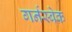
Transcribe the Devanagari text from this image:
गर्नस्बेक